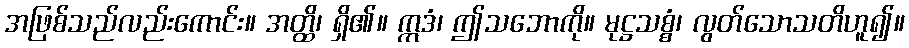
အဖြစ်သည်လည်းကောင်း။ အတ္ထိ၊ ရှိ၏။ ဣဒံ၊ ဤသဘောကို။ မုဋ္ဌသစ္စံ၊ လွတ်သောသတိဟူ၍။